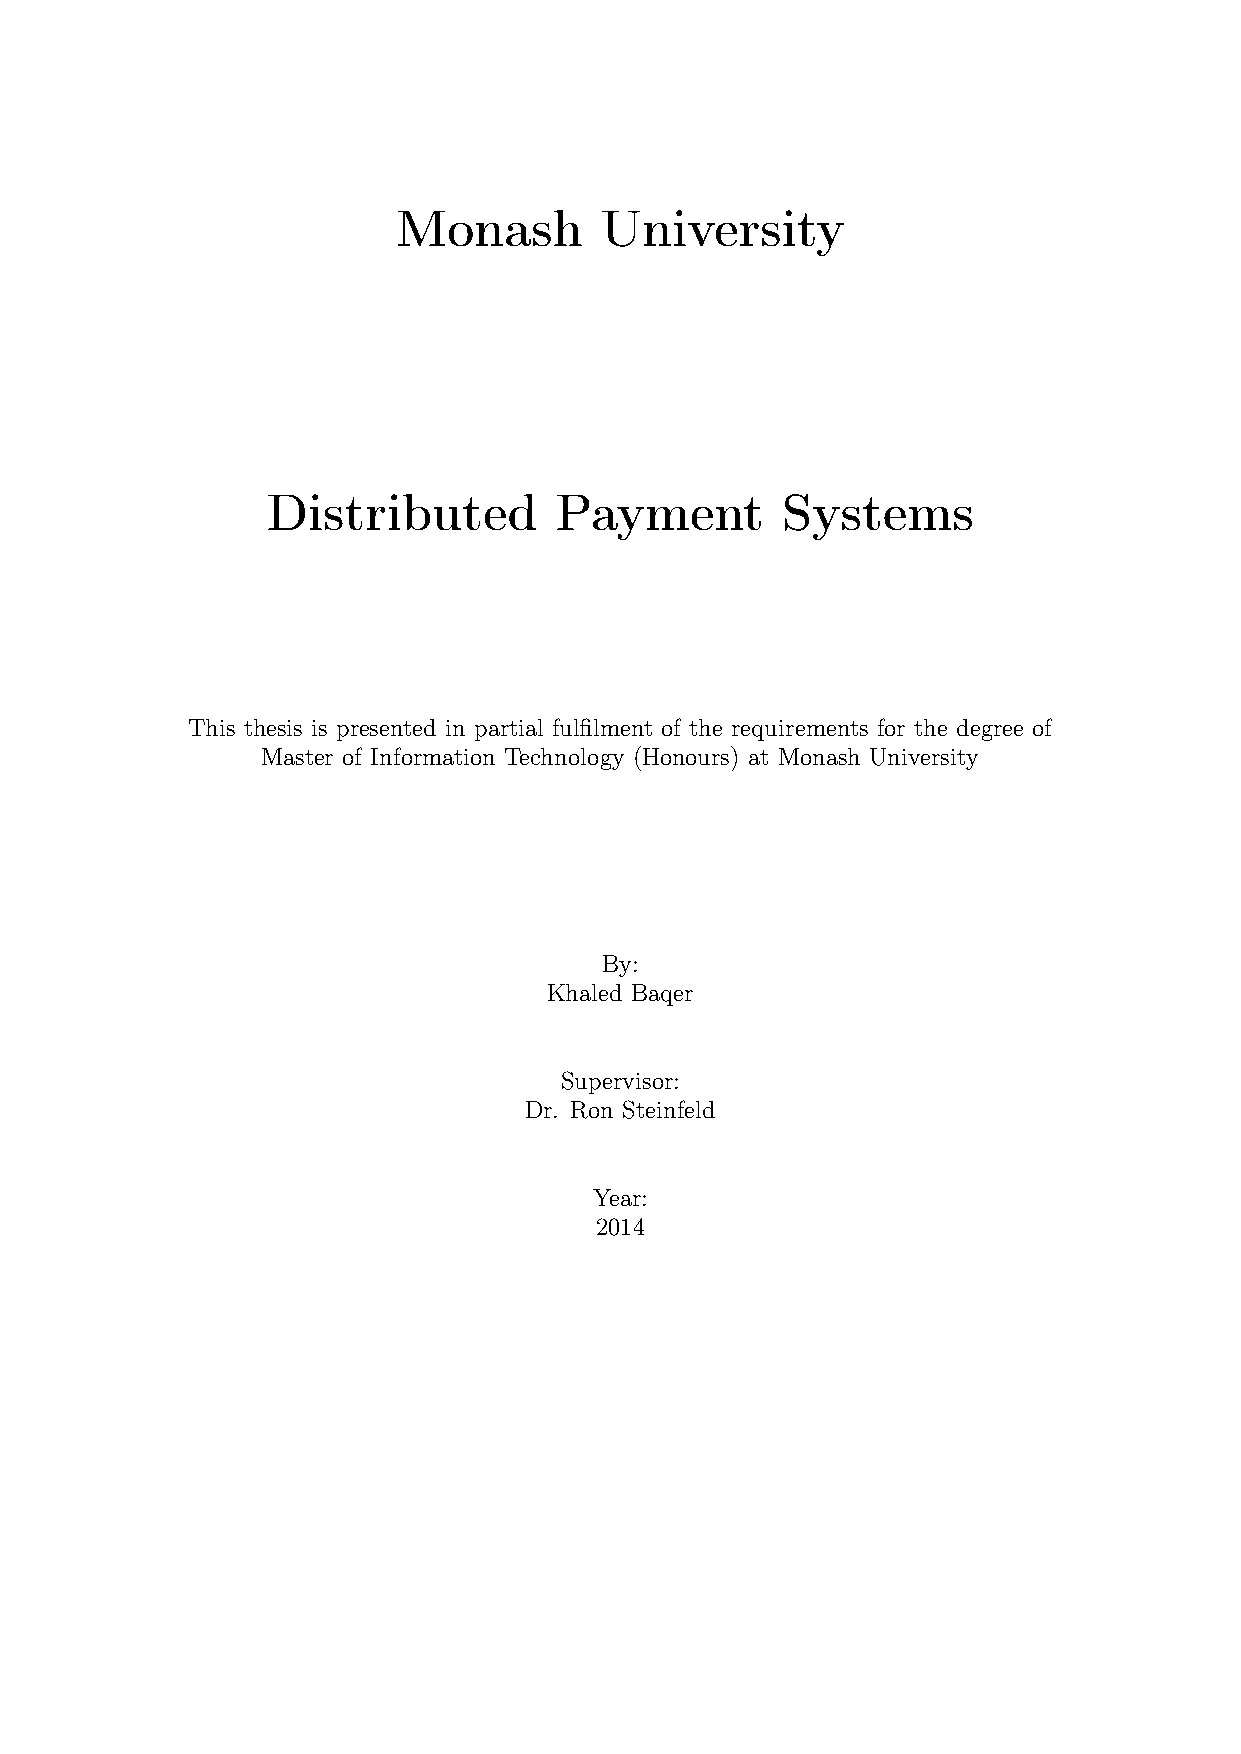
Monash        University
 Distributed        Payment        Systems
 This thesis is presented in partial fulfilment of the requirements for the degree of
 Master of Information Technology (Honours) at Monash University
 By:
 Khaled Baqer
 Supervisor:
 Dr. Ron Steinfeld
 Year:
 2014